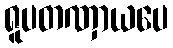
ရူပတဏှာယပေ